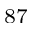
^ { 8 7 }